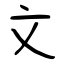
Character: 文